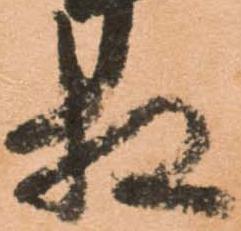
相